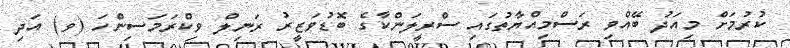
ކުރުމަށް މިއަދު ބޭއްވި ރަސްމިއްޔާތުގައި ސްރީލަންކާގެ ބޮޑުވަޒީރު ރަނިލް ވިކްރަމަސިންހަ (ވ) އަދި